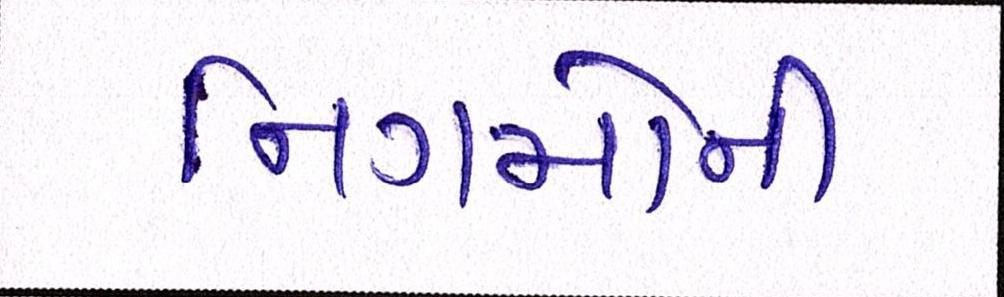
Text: નિગમોની